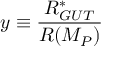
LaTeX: y \equiv \frac { R _ { G U T } ^ { * } } { R ( M _ { P } ) }